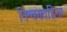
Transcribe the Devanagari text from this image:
निश्चयवह्निना